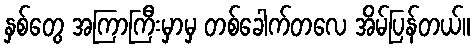
နှစ်တွေ အကြာကြီးမှာမှ တစ်ခေါက်တလေ အိမ်ပြန်တယ်။